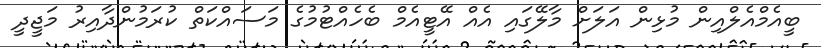
ބީއެމްއެލްއިން މުޅިން އަލަށް މާލޭގައި އެއް އޭޓީއެމް ބެހެއްޓުމުގެ މަސައްކަތް ކުރަމުންދާއިރު މަޖީދީ